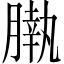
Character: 𣎖